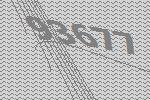
93677